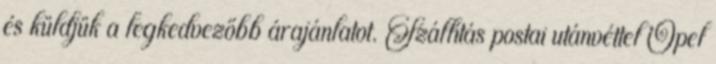
és küldjük a legkedvezőbb árajánlatot. Szállítás postai utánvéttel Opel